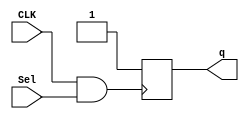
module CLK_GATING(

	input 		CLK,
	input 		Sel,
	output reg 	q
	
);

wire Gated_CLK;

assign Gated_CLK = CLK & Sel;

always @(posedge Gated_CLK)
begin

	q <= 1'b1;									// As you can see, input of the flop is tied to a constant. Naturally, output will
											// remain at this constant value at all the time irrespective of the clock applied at its input.
											// Since, the clock input of the flop will not be switching now, it will save switching power.
end

endmodule